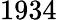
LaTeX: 1934